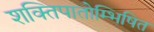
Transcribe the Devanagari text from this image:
शक्तिपातोम्भिषित